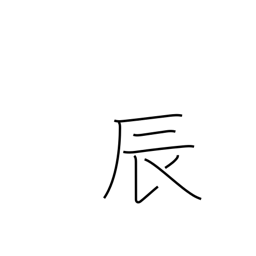
Meaning: sign of the dragon